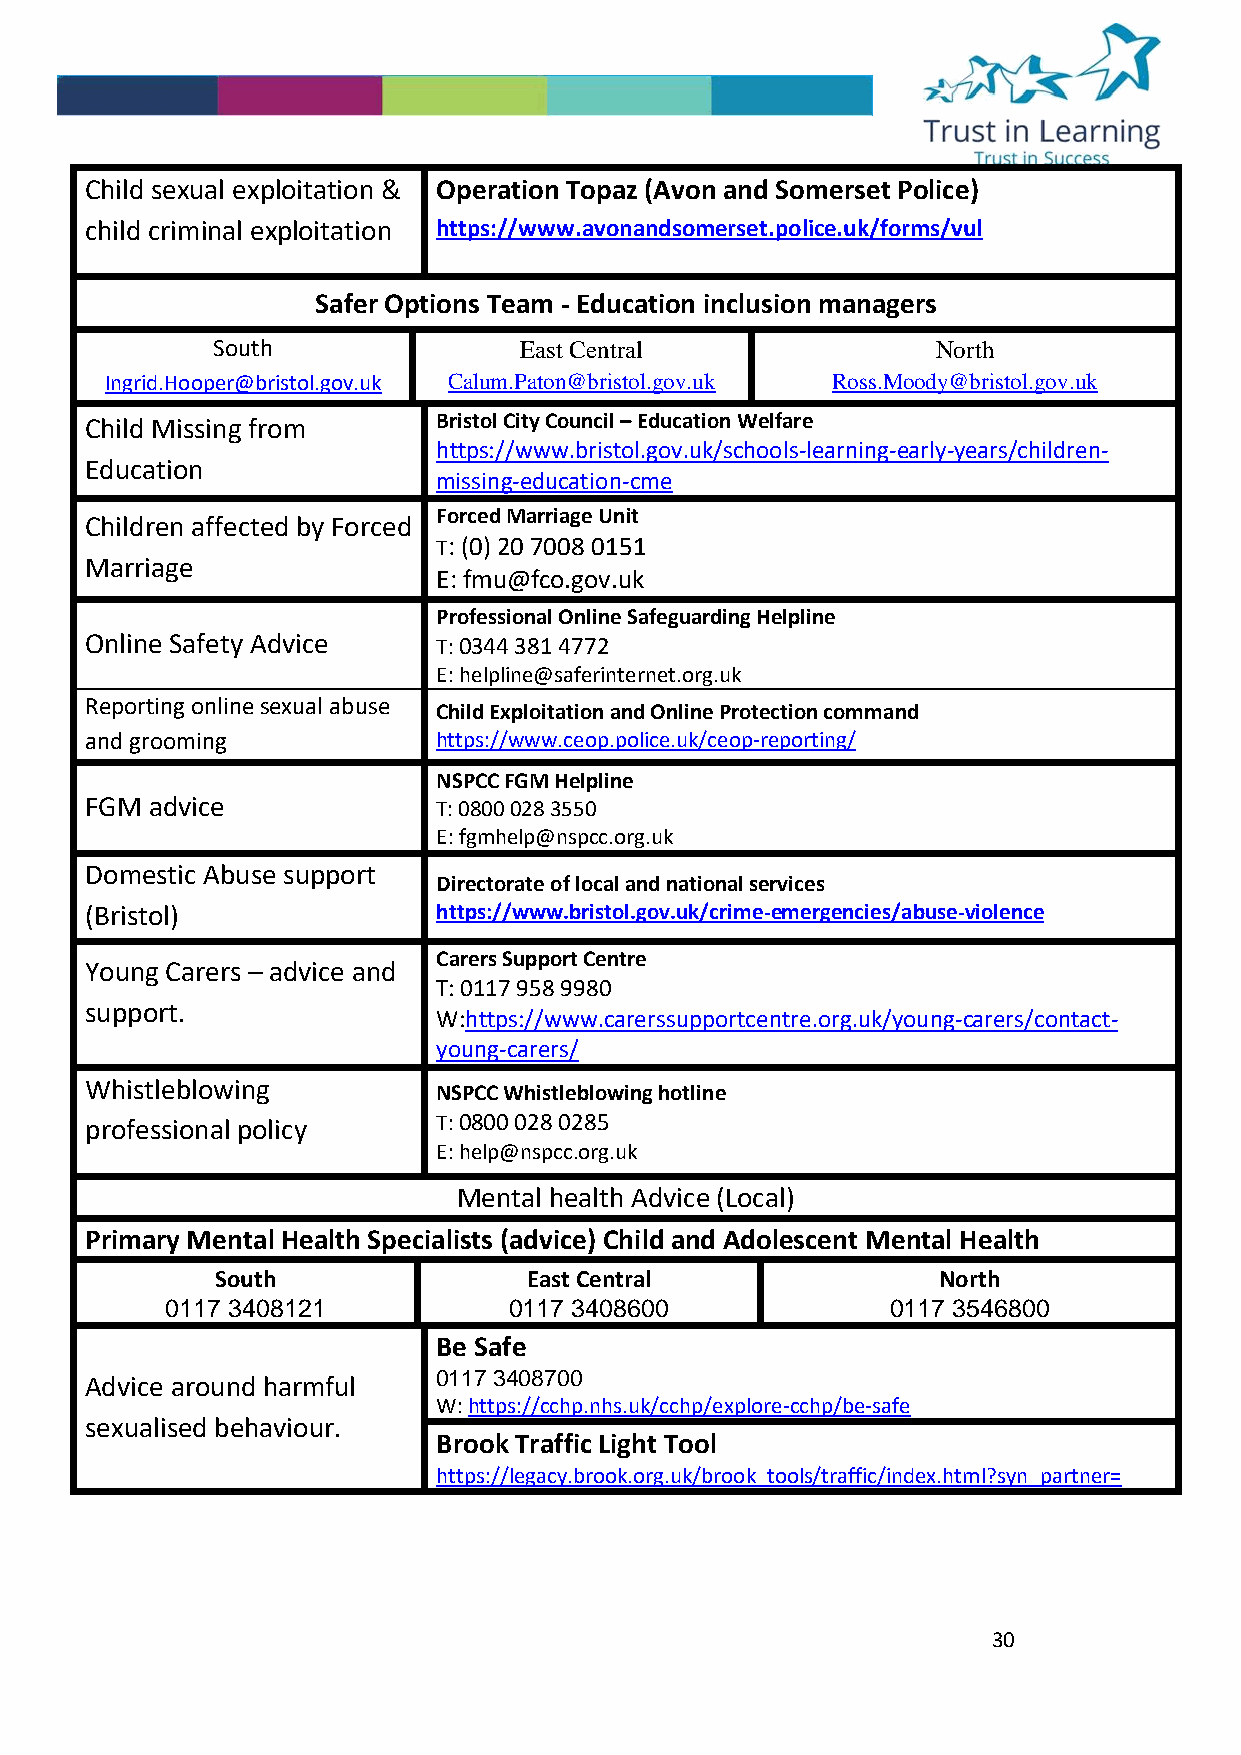
Child sexual exploitation & Operation Topaz (Avon and Somerset Police)
 child criminal exploitation https://www.avonandsomerset.police.uk/forms/vul
 Safer Options Team - Education inclusion managers
 South               East Central                North
 Ingrid.Hooper@bristol.gov.uk Calum.Paton@bristol.gov.uk Ross.Moody@bristol.gov.uk
 Child Missing from     Bristol City Council – Education Welfare
 https://www.bristol.gov.uk/schools-learning-early-years/children-
 Education
 missing-education-cme
 Forced Marriage Unit
 Children affected by Forced
 T: (0) 20 7008 0151
 Marriage
 E: fmu@fco.gov.uk
 Professional Online Safeguarding Helpline
 Online Safety Advice   T: 0344 381 4772
 E: helpline@saferinternet.org.uk
 Reporting online sexual abuse
 Child Exploitation and Online Protection command
 and grooming           https://www.ceop.police.uk/ceop-reporting/
 NSPCC FGM Helpline
 FGM advice             T: 0800 028 3550
 E: fgmhelp@nspcc.org.uk
 Domestic Abuse support
 Directorate of local and national services
 (Bristol)              https://www.bristol.gov.uk/crime-emergencies/abuse-violence
 Carers Support Centre
 Young Carers – advice and
 T: 0117 958 9980
 support.
 W:https://www.carerssupportcentre.org.uk/young-carers/contact-
 young-carers/
 Whistleblowing
 NSPCC Whistleblowing hotline
 professional policy    T: 0800 028 0285
 E: help@nspcc.org.uk
 Mental health Advice (Local)
 Primary Mental Health Specialists (advice) Child and Adolescent Mental Health
 South                East Central               North
 0117 3408121           0117 3408600             0117 3546800
 Be Safe
 Advice around harmful  0117 3408700
 W: https://cchp.nhs.uk/cchp/explore-cchp/be-safe
 sexualised behaviour.
 Brook Traffic Light Tool
 https://legacy.brook.org.uk/brook_tools/traffic/index.html?syn_partner=
 30